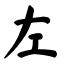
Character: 左